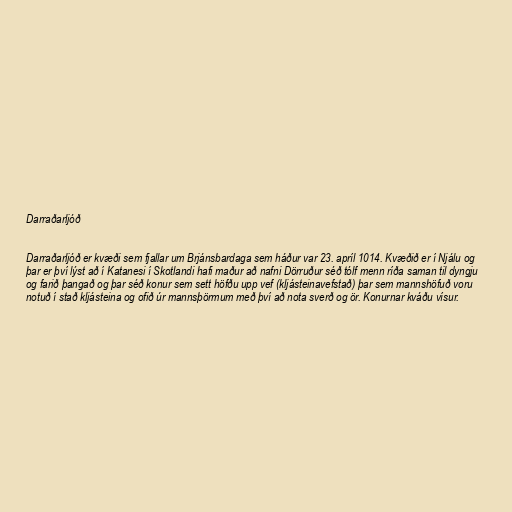
Darraðarljóð

Darraðarljóð er kvæði sem fjallar um Brjánsbardaga sem háður var 23. apríl 1014. Kvæðið er í Njálu og
þar er því lýst að í Katanesi í Skotlandi hafi maður að nafni Dörruður séð tólf menn ríða saman til dyngju
og farið þangað og þar séð konur sem sett höfðu upp vef (kljásteinavefstað) þar sem mannshöfuð voru
notuð í stað kljásteina og ofið úr mannsþörmum með því að nota sverð og ör. Konurnar kváðu vísur.